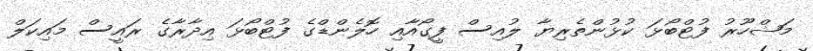
މަޝްހޫރު ފުޓްބޯޅަ ކުޅުންތެރިޔާ ލުއިސް ފީގޯއާއި ހޮލެންޑްގެ ފުޓްބޯޅަ އިދާރާގެ ރައީސް މައިކަލް